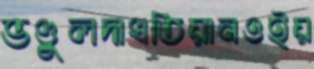
ভণ্ডুলদাখতিয়ানওইয়